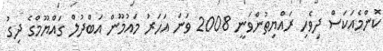
ކޮންމެއަކަސް ދިވެހި ރައްޔިތުންވަނީ 2008 ވަނަ އަހަރު މައުމޫން އަބްދުލް ގައްޔޫމްގެ ދިގު